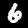
Digit: 6